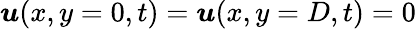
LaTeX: \boldsymbol u(x,y=0,t)=\boldsymbol u(x,y=D,t)=0